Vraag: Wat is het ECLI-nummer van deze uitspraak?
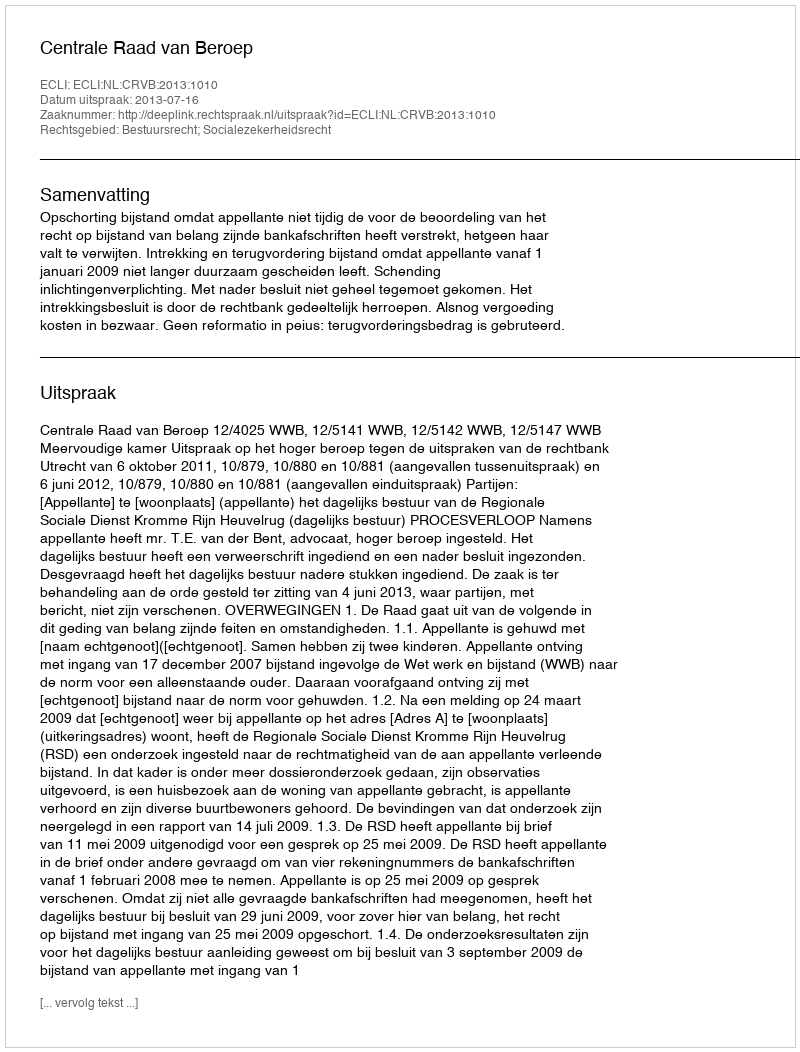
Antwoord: ECLI:NL:CRVB:2013:1010